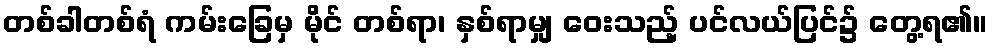
တစ်ခါတစ်ရံ ကမ်းခြေမှ မိုင် တစ်ရာ၊ နှစ်ရာမျှ ဝေးသည့် ပင်လယ်ပြင်၌ တွေ့ရ၏။